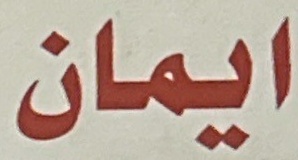
ایمان